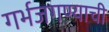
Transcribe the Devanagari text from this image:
गर्भजगण्याची